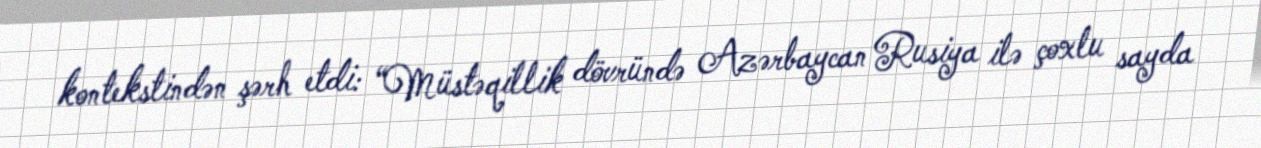
kontekstindən şərh etdi: “Müstəqillik dövründə Azərbaycan Rusiya ilə çoxlu sayda